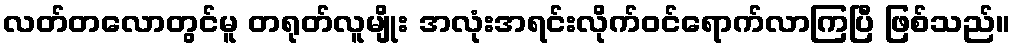
လတ်တလောတွင်မူ တရုတ်လူမျိုး အလုံးအရင်းလိုက်ဝင်ရောက်လာကြပြီ ဖြစ်သည်။